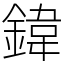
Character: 鍏